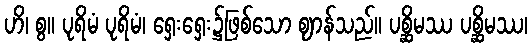
ဟိ၊ စွ။ ပုရိမံ ပုရိမံ၊ ရှေးရှေး၌ဖြစ်သော ဈာန်သည်။ ပစ္ဆိမဿ ပစ္ဆိမဿ၊